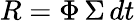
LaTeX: R=\Phi\, \Sigma\, dt